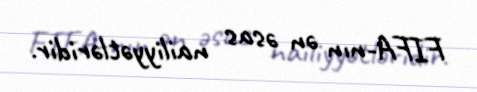
FIFA-nın ən əsas nailiyyətləridir.